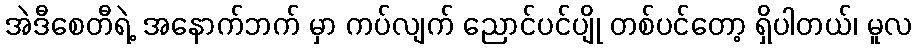
အဲဒီစေတီရဲ့ အနောက်ဘက် မှာ ကပ်လျက် ညောင်ပင်ပျို တစ်ပင်တော့ ရှိပါတယ်၊ မူလ